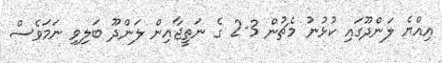
އިއްޔެ ލަންދޫގައި ކުޅުނު މެޗުން 3-2 ގެ ނަތީޖާއިން ލަންދޫ ބަލިވި ނަމަވެސް